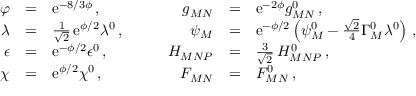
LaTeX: \begin{array} { r c l c r c l } { { \varphi } } & { { = } } & { { \mathrm { e } ^ { - 8 / 3 \phi } \, , } } & { { \quad } } & { { g _ { M N } } } & { { = } } & { { \mathrm { e } ^ { - 2 \phi } g _ { M N } ^ { 0 } \, , } } \\ { { \lambda } } & { { = } } & { { \frac { 1 } { \sqrt 2 } \, \mathrm { e } ^ { \phi / 2 } \lambda ^ { 0 } \, , } } & { { \quad } } & { { \psi _ { M } } } & { { = } } & { { \mathrm { e } ^ { - \phi / 2 } \left( \psi _ { M } ^ { 0 } - \frac { \sqrt { 2 } } { 4 } \Gamma _ { M } ^ { 0 } \lambda ^ { 0 } \right) \, , } } \\ { { \epsilon } } & { { = } } & { { \mathrm { e } ^ { - \phi / 2 } \epsilon ^ { 0 } \, , } } & { { \quad } } & { { H _ { M N P } } } & { { = } } & { { \frac { 3 } { \sqrt 2 } \, H _ { M N P } ^ { 0 } \, , } } \\ { { \chi } } & { { = } } & { { \mathrm { e } ^ { \phi / 2 } \chi ^ { 0 } \, , } } & { { \quad } } & { { F _ { M N } } } & { { = } } & { { F _ { M N } ^ { 0 } \, , } } \end{array}